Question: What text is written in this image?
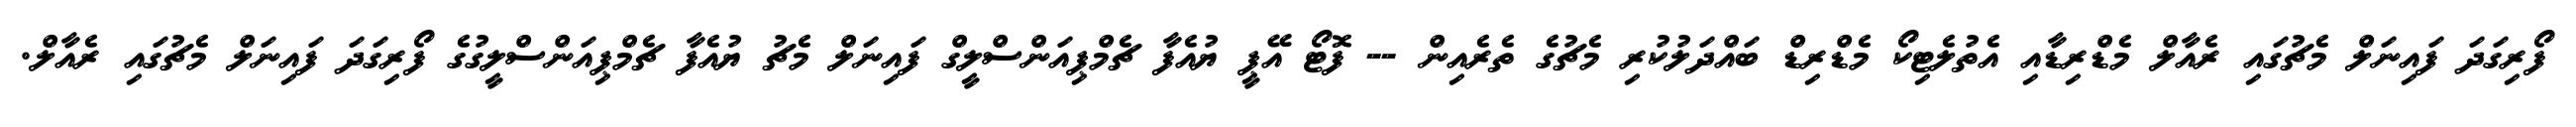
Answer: ފޯރިގަދަ ފައިނަލް މެޗުގައި ރެއާލް މެޑްރިޑާއި އެތުލެޓިކޯ މެޑްރިޑް ބައްދަލުކުރި މެޗުގެ ތެރެއިން -- ފޮޓޯ އޭޕީ ޔުއެފާ ޗެމްޕިއަންސްލީގް ފައިނަލް މެޗު ޔުއެފާ ޗެމްޕިއަންސްލީގުގެ ފޯރިގަދަ ފައިނަލް މެޗުގައި ރެއާލް.